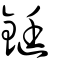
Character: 鋌